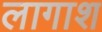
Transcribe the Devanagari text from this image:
लागाश